38_143685_box_Incident_Summaries_101-172
Agency: Department of War
Page 38
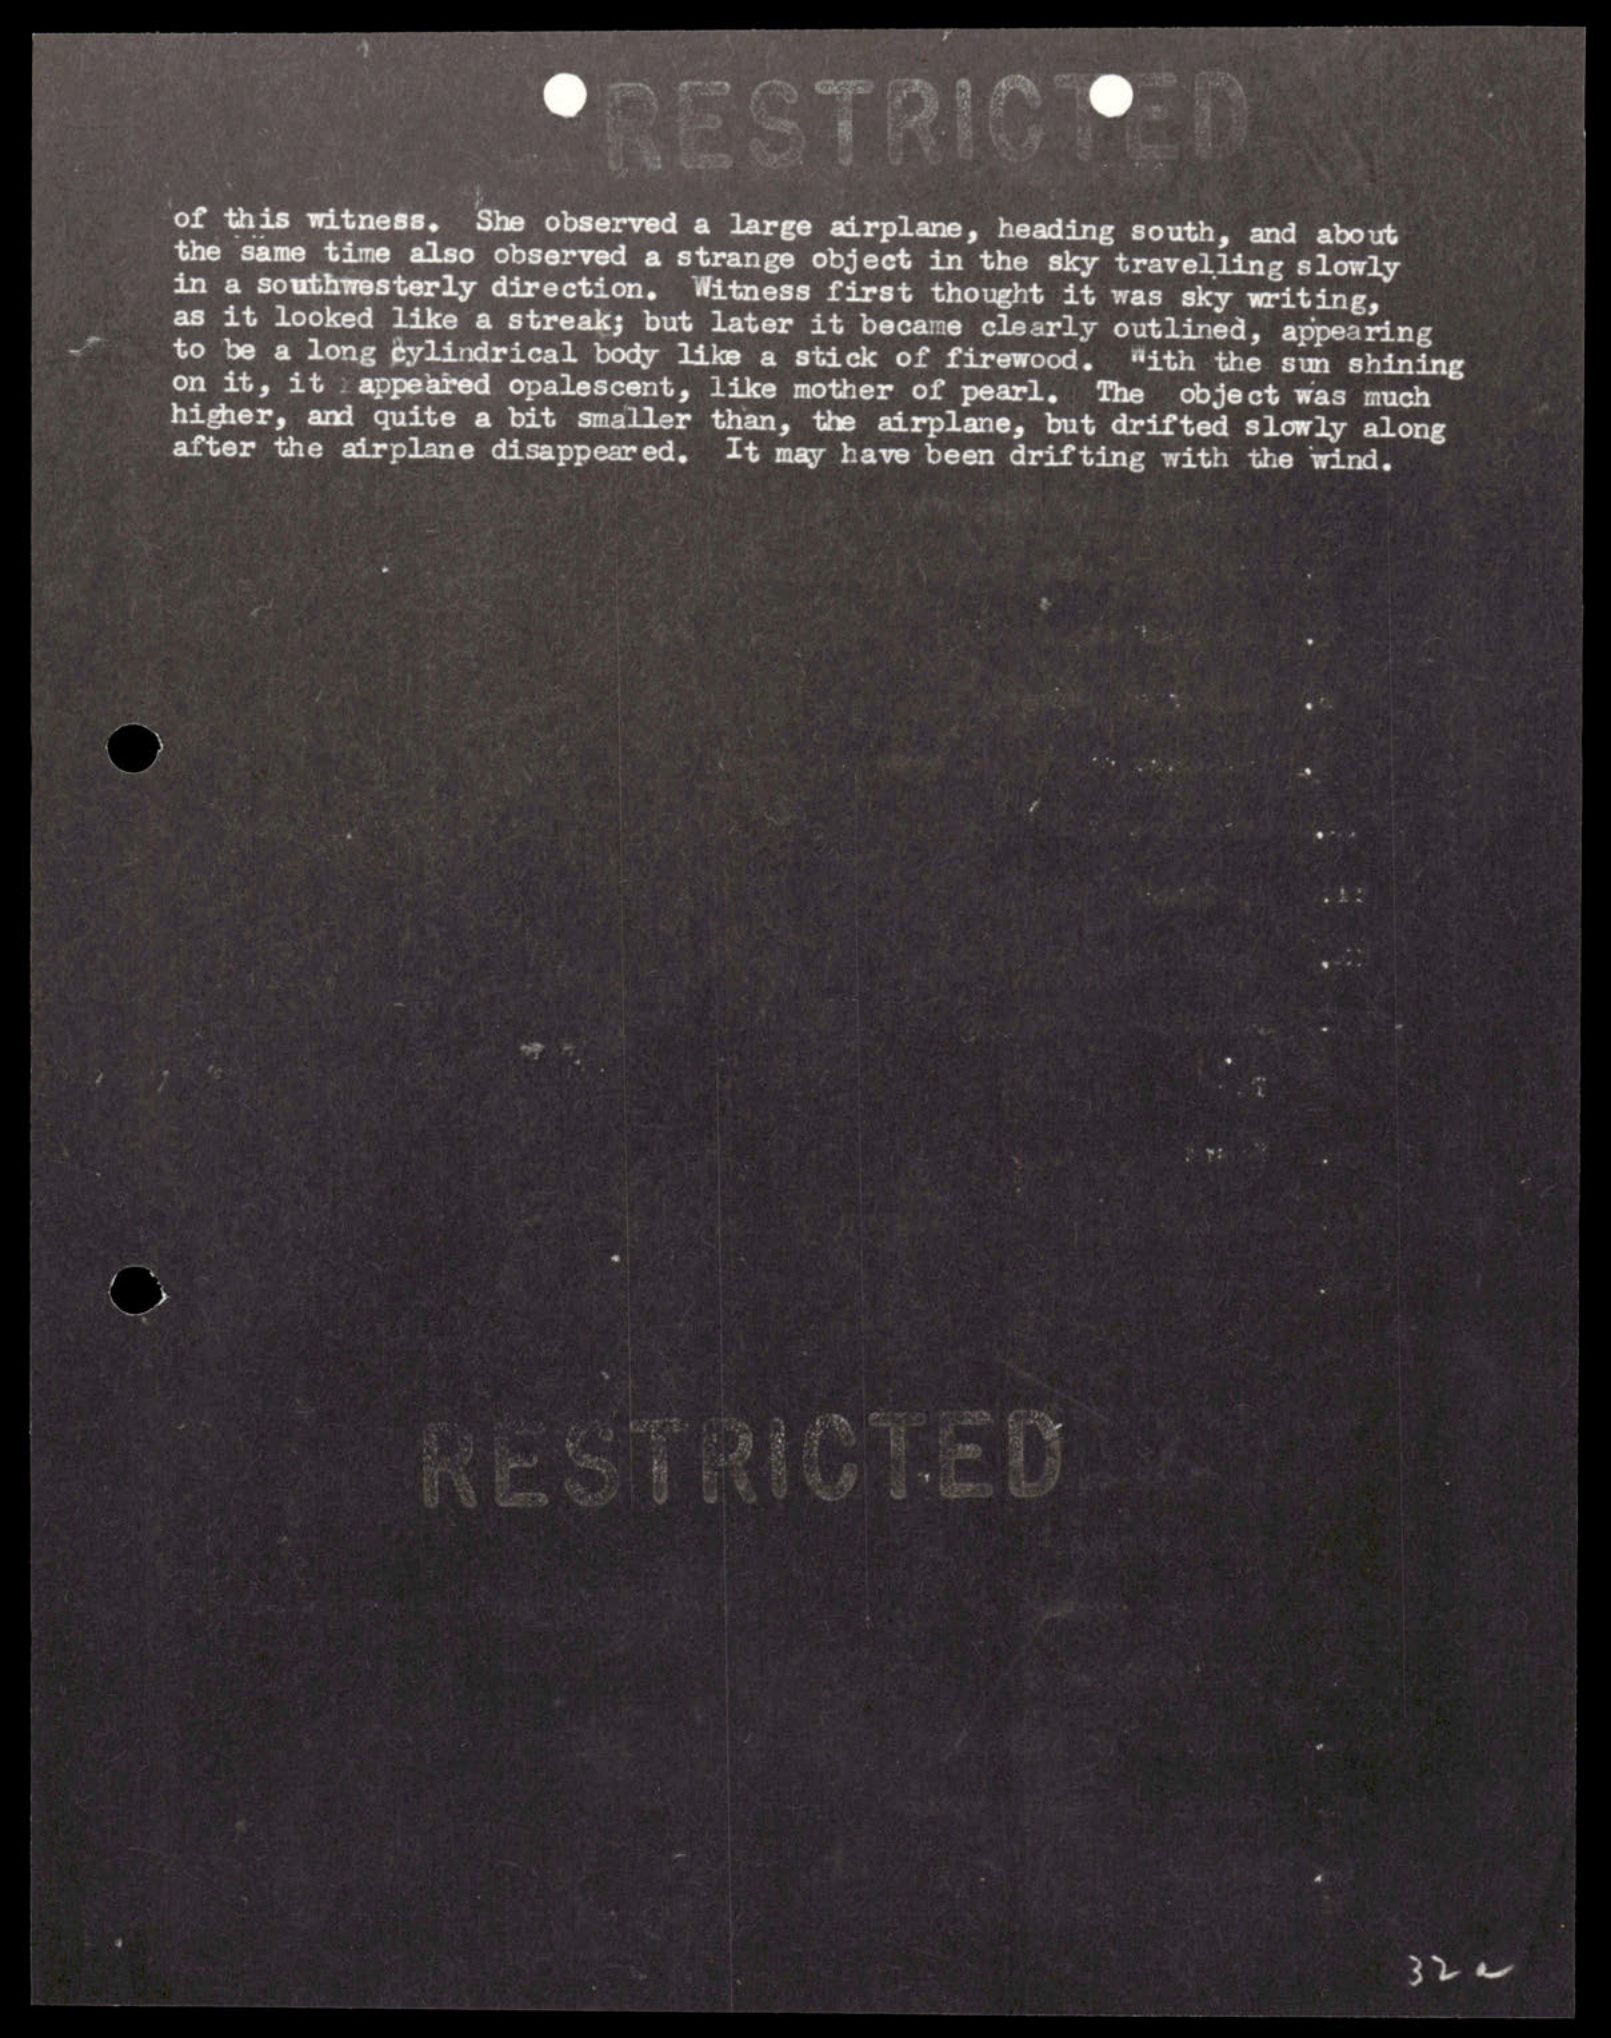